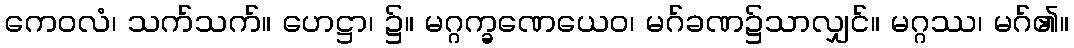
ကေဝလံ၊ သက်သက်။ ဟေဋ္ဌာ၊ ၌။ မဂ္ဂက္ခဏေယေဝ၊ မဂ်ခဏ၌သာလျှင်။ မဂ္ဂဿ၊ မဂ်၏။